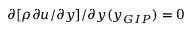
\partial [ \rho \partial u / \partial y ] / \partial y ( y _ { G I P } ) = 0